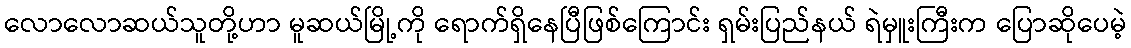
လောလောဆယ်သူတို့ဟာ မူဆယ်မြို့ကို ရောက်ရှိနေပြီဖြစ်ကြောင်း ရှမ်းပြည်နယ် ရဲမှူးကြီးက ပြောဆိုပေမဲ့